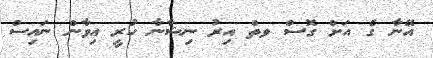
އޭނާ ގެ އަށް ގޮސް ވތް އިރު ނިޝާނާ ހުރީ އިވާން ނައިސް